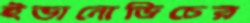
ইভানোভিচের